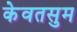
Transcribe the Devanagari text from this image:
केवतसुम